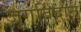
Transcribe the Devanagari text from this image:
जुगतिदान